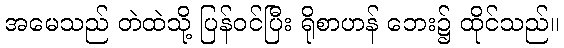
အမေသည် တဲထဲသို့ ပြန်ဝင်ပြီး ရိုစာဟန် ဘေး၌ ထိုင်သည်။